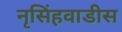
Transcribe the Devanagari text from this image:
नृसिंहवाडीस